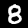
Label: 8